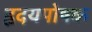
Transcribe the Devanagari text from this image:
हृदयपोषक